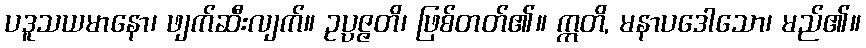
ပဒူသယမာနော၊ ဖျက်ဆီးလျက်။ ဥပ္ပဇ္ဇတိ၊ ဖြစ်တတ်၏။ ဣတိ, မနာပဒေါသော၊ မည်၏။